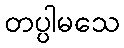
တပ္ပါမသေ